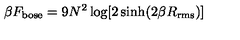
\beta F _ { \mathrm { b o s e } } = 9 N ^ { 2 } \log [ 2 \sinh ( 2 \beta R _ { \mathrm { r m s } } ) ]